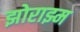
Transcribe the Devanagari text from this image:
झोराझ्म